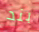
بند